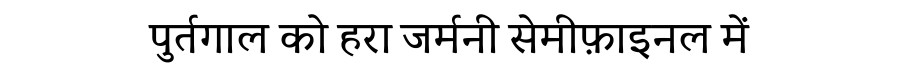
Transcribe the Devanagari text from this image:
पुर्तगाल को हरा जर्मनी सेमीफ़ाइनल में